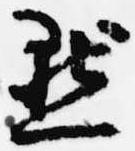
点